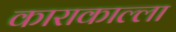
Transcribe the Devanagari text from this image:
काराकाल्ला